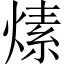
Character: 𤍊